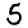
Digit: 5